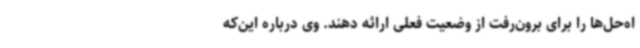
اه‌حل‌ها را برای برون‌رفت از وضعیت فعلی ارائه دهند. وی درباره این‌که